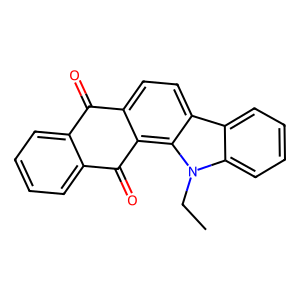
SMILES: CCn1c2ccccc2c2ccc3c(c21)C(=O)c1ccccc1C3=O
Inhibits HIV replication: No